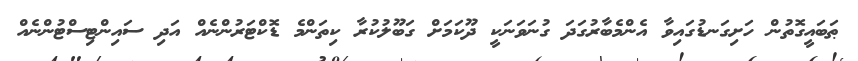
ޠަބައީގޮތުން ހަށިގަނޑުގައިވާ އެންމެބާރުގަދަ ގުނަވަނަކީ ދޫކަމަށް ގަބޫލުކުރާ ކިތަންމެ ޑޮކްޓަރުންނެއް އަދި ސައިންޓިސްޓުންނެއް